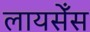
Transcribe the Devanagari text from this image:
लायसेँस